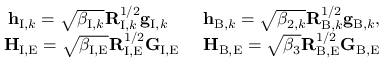
\begin{array} { r } { { \bf h } _ { \mathrm { I } , k } = \sqrt { \beta _ { \mathrm { I } , k } } \mathbf { R } _ { \mathrm { I } , k } ^ { 1 / 2 } { \bf g } _ { \mathrm { I } , k } \quad \ \ \ { \bf h } _ { \mathrm { B } , k } = \sqrt { \beta _ { 2 , k } } \mathbf { R } _ { \mathrm { B } , k } ^ { 1 / 2 } { \bf g } _ { \mathrm { B } , k } , } \\ { { \bf H } _ { \mathrm { I , E } } = \sqrt { \beta _ { \mathrm { I , E } } } \mathbf { R } _ { \mathrm { I , E } } ^ { 1 / 2 } \mathbf { G } _ { \mathrm { I , E } } \quad \ { \bf H } _ { \mathrm { B , E } } = \sqrt { \beta _ { 3 } } \mathbf { R } _ { \mathrm { B , E } } ^ { 1 / 2 } \mathbf { G } _ { \mathrm { B , E } } } \end{array}